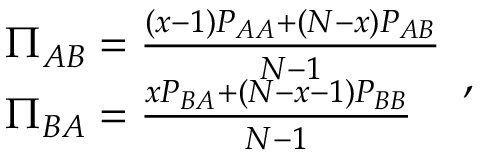
\begin{array} { l r } { \Pi _ { A B } = \frac { ( x - 1 ) P _ { A A } + ( N - x ) P _ { A B } } { N - 1 } } \\ { \Pi _ { B A } = \frac { x P _ { B A } + ( N - x - 1 ) P _ { B B } } { N - 1 } } \end{array} ,